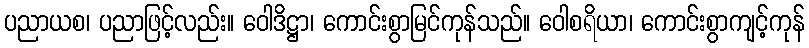
ပညာယစ၊ ပညာဖြင့်လည်း။ ဝေါဒိဋ္ဌာ၊ ကောင်းစွာမြင်ကုန်သည်။ ဝေါစရိယာ၊ ကောင်းစွာကျင့်ကုန်